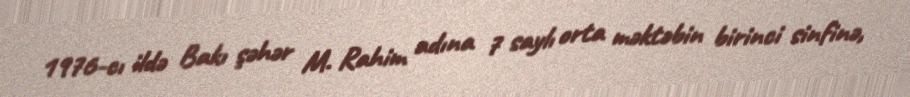
1976-cı ildə Bakı şəhər M. Rahim adına 7 saylı orta məktəbin birinci sinfinə,